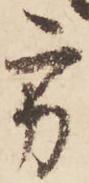
方